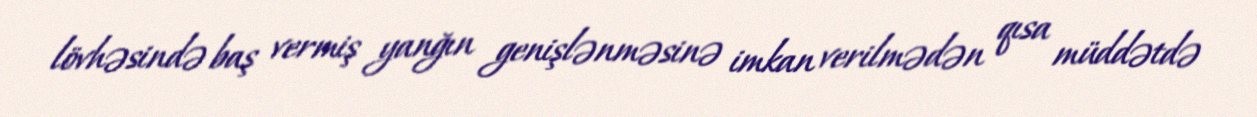
lövhəsində baş vermiş yanğın genişlənməsinə imkan verilmədən qısa müddətdə